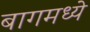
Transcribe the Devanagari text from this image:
बागमध्ये